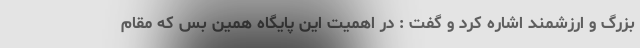
بزرگ و ارزشمند اشاره کرد و گفت : در اهمیت این پایگاه همین بس که مقام